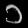
Digit: ၁